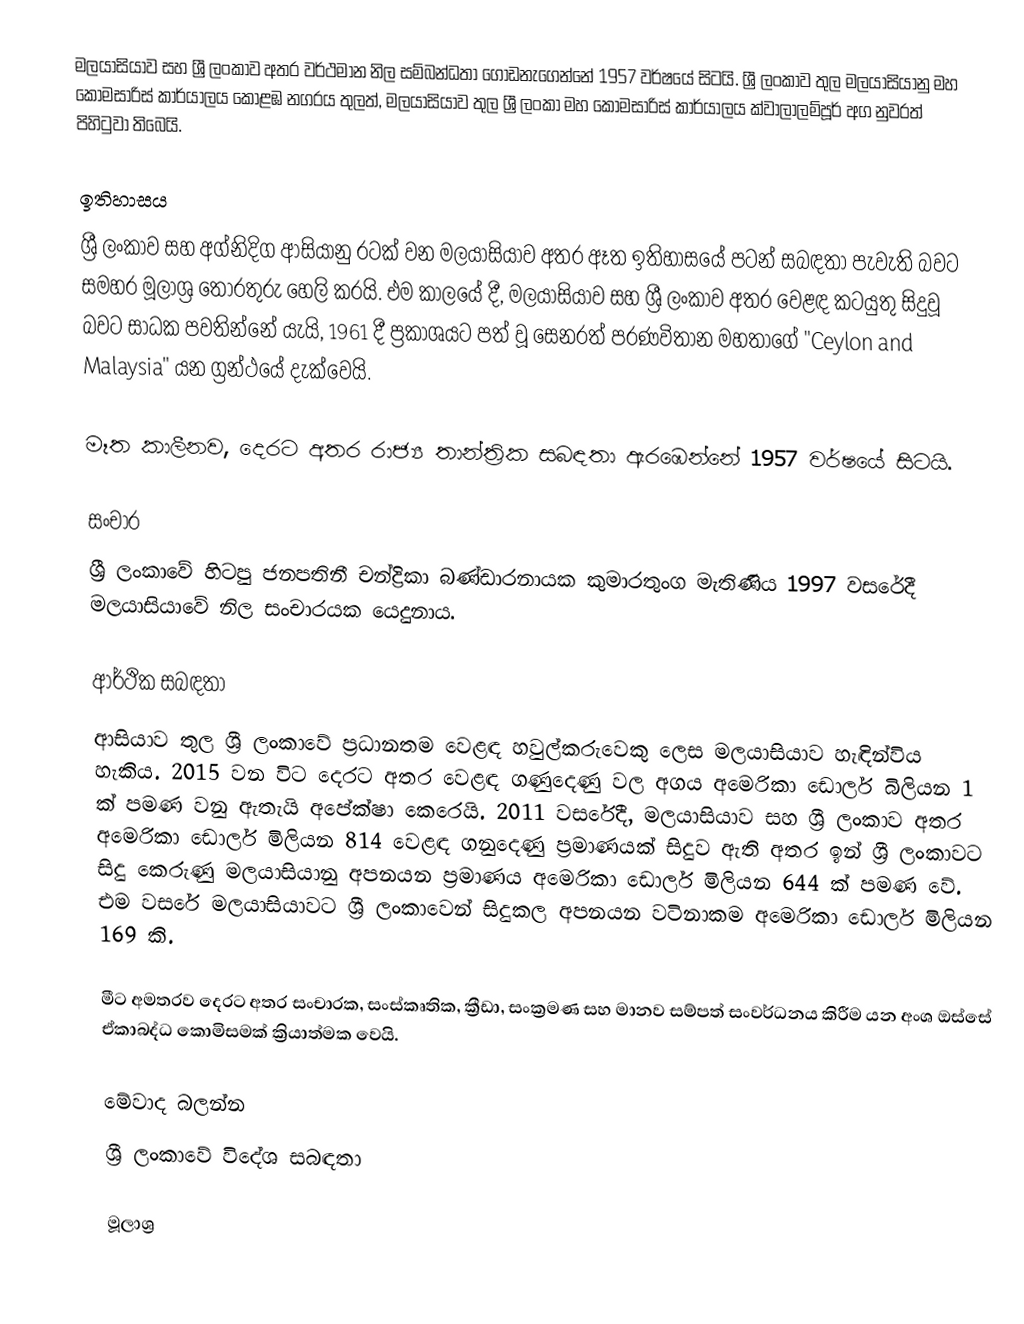
මලයාසියාව සහ ශ්‍රී ලංකාව අතර වර්ථමාන නිල සම්බන්ධතා ගොඩනැගෙන්නේ 1957 වර්ෂයේ සිටයි. ශ්‍රී ලංකාව තුල මලයාසියානු මහ කොමසාරිස් කාර්යාලය කොළඹ නගරය තුලත්, මලයාසියාව තුල ශ්‍රී ලංකා මහ කොමසාරිස් කාර්යාලය ක්වාලාලම්පූර් අග නුවරත් පිහිටුවා තිබෙයි.

ඉතිහාසය
ශ්‍රී ලංකාව සහ අග්නිදිග ආසියානු රටක් වන මලයාසියාව අතර ඈත ඉතිහාසයේ පටන් සබඳතා පැවැති බවට සමහර මූලාශ්‍ර තොරතුරු හෙලි කරයි. එම කාලයේ දී, මලයාසියාව සහ ශ්‍රී ලංකාව අතර වෙළඳ කටයුතු සිදුවූ බවට සාධක පවතින්නේ යැයි, 1961 දී ප්‍රකාශයට පත් වූ සෙනරත් පරණවිතාන මහතාගේ "Ceylon and Malaysia" යන ග්‍රන්ථයේ දැක්වෙයි.

මෑත කාලීනව, දෙරට අතර රාජ්‍ය තාන්ත්‍රික සබඳතා ඇරඹෙන්නේ 1957 වර්ෂයේ සිටයි.

සංචාර
ශ්‍රී ලංකාවේ හිටපු ජනපතිනී චන්ද්‍රිකා බණ්ඩාරනායක කුමාරතුංග මැතිණිය 1997 වසරේදී මලයාසියාවේ නිල සංචාරයක යෙදුනාය.

ආර්ථික සබඳතා
ආසියාව තුල ශ්‍රී ලංකාවේ ප්‍රධානතම වෙළඳ හවුල්කරුවෙකු ලෙස මලයාසියාව හැඳින්විය හැකිය. 2015 වන විට දෙරට අතර වෙළඳ ගණුදෙණු වල අගය අමෙරිකා ඩොලර් බිලියන 1 ක් පමණ වනු ඇතැයි අපේක්ෂා කෙරෙයි. 2011 වසරේදී, මලයාසියාව සහ ශ්‍රී ලංකාව අතර අමෙරිකා ඩොලර් මිලියන 814 වෙළඳ ගනුදෙණු ප්‍රමාණයක් සිදුව ඇති අතර ඉන් ශ්‍රී ලංකාවට සිදු කෙරුණු මලයාසියානු අපනයන ප්‍රමාණය අමෙරිකා ඩොලර් මිලියන 644 ක් පමණ වේ. එම වසරේ මලයාසියාවට ශ්‍රී ලංකාවෙන් සිදුකල අපනයන වටිනාකම අමෙරිකා ඩොලර් මිලියන 169 කි.

මීට අමතරව දෙරට අතර සංචාරක, සංස්කෘතික, ක්‍රීඩා, සංක්‍රමණ සහ මානව සම්පත් සංවර්ධනය කිරීම යන අංශ ඔස්සේ ඒකාබද්ධ කොමිසමක් ක්‍රියාත්මක වෙයි.

මේවාද බලන්න
 ශ්‍රී ලංකාවේ විදේශ සබඳතා

මූලාශ්‍ර